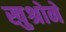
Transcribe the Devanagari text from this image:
खुश्रोने